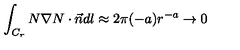
\int _ { C _ { r } } N \nabla N \cdot \vec { n } d l \approx 2 \pi ( - a ) r ^ { - a } \rightarrow 0